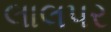
લાલપર